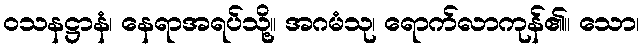
ဝသနဋ္ဌာနံ၊ နေရာအရပ်သို့။ အဂမံသု၊ ရောက်လာကုန်၏။ သော၊